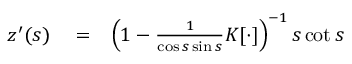
\begin{array} { r l r } { z ^ { \prime } ( s ) } & { { } = } & { \left( 1 - \frac { 1 } { \cos s \sin s } K [ \cdot ] \right) ^ { - 1 } s \cot s } \end{array}